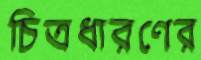
চিত্রধারণের